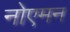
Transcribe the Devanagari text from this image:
नोएमन